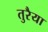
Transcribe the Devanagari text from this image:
तुरैया